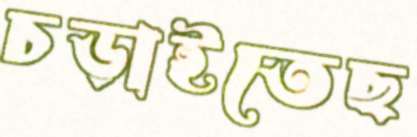
চড়াইতেছ